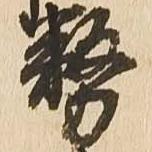
務